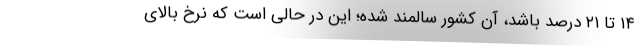
۱۴ تا ۲۱ درصد باشد، آن کشور سالمند شده؛ این در حالی است که نرخ بالای